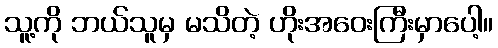
သူ့ကို ဘယ်သူမှ မသိတဲ့ ဟိုးအဝေးကြီးမှာပေါ့။